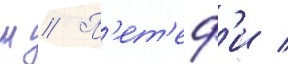
ш // П'ет'еф'и /